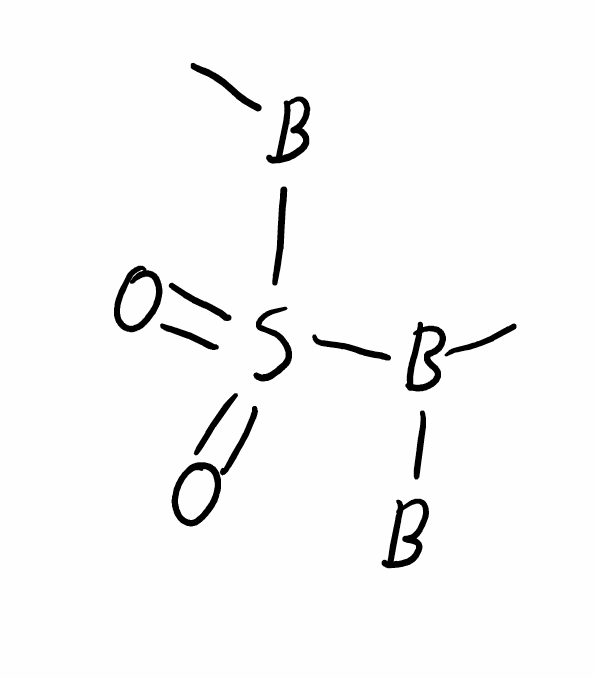
Simplified molecular-input line-entry system (SMILES) notation of the given molecule:
[B]B(C)S(=O)(=O)[B]C